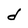
Character: d